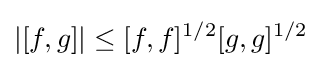
|[f,g]|\leq [f,f]^{1/2}[g,g]^{1/2}